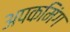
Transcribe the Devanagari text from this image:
अपकमिंग